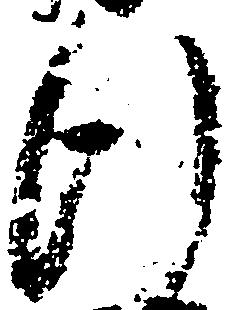
行